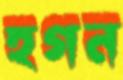
হগন